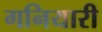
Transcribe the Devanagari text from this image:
गनियारी